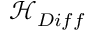
{ \mathcal { H } } _ { D i f f }